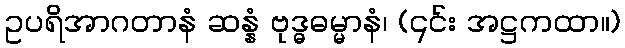
ဥပရိအာဂတာနံ ဆန္နံ ဗုဒ္ဓဓမ္မာနံ၊ (၎င်း အဋ္ဌကထာ။)